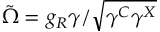
\tilde { \Omega } = g _ { R } \gamma / \sqrt { \gamma ^ { C } \gamma ^ { X } }